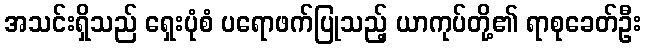
အသင်းရှိသည် ရှေးပုံစံ ပရောဖက်ပြုသည့် ယာကုပ်တို့၏ ရာစုခေတ်ဦး